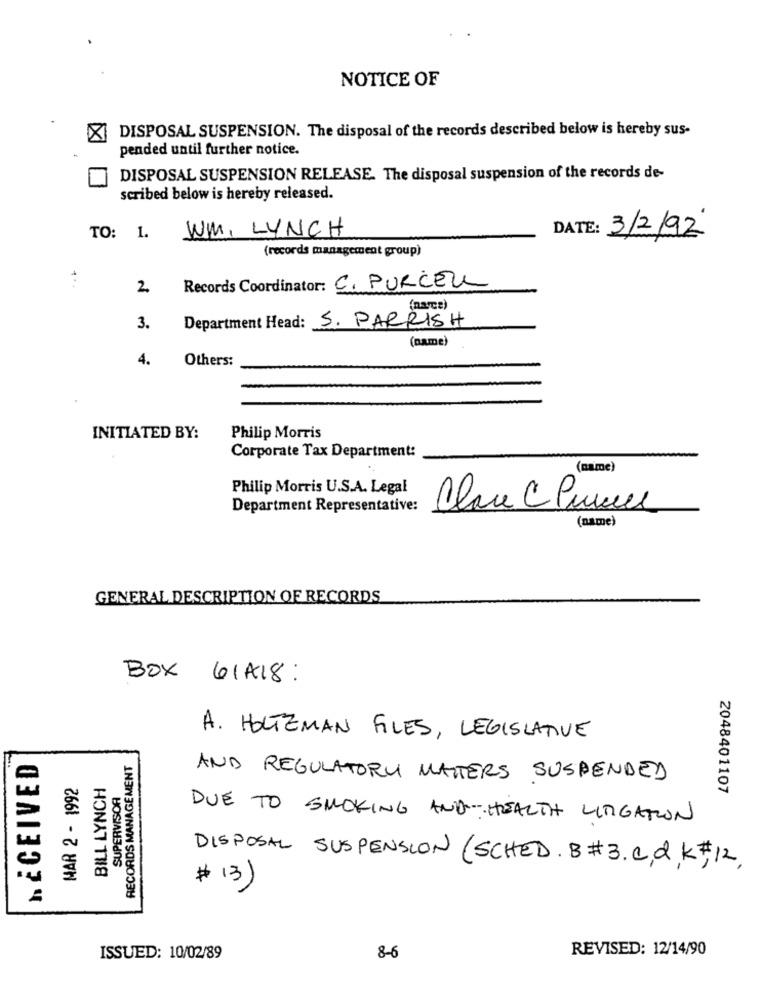
NOTICE OF
X DISPOSAL SUSPENSION. The disposal of the records described below is hereby sus-
pended until further notice.
DISPOSAL SUSPENSION RELEASE. The disposal suspension of the records de-
scribed below is hereby released.
WM. LYNCH
DATE: 3/2/92
TO: 1.
(records management group)
2.
Records Coordinator: C. PURCELL
(narce)
3.
Department Head: S. PARRISH
(name)
4.
Others:
INITIATED BY:
Philip Morris
Corporate Tax Department:
(name)
Philip Morris U.S.A. Legal
Department Representative:
Clase C Primer
(name)
GENERAL DESCRIPTION OF RECORDS
BOX 61418:
A. HOLTZMAN FILES, LEGISLATIVE
RECEIVED
RECORDS MANAGEMENT
MAR 2 - 1992
BILL LYNCH
AND REGULATORY MATTERS SUSPENDED
SUPERVISOR
2048401107
DUE TO SMOKING AND-HEALTH LITIGATION
DISPOSAL SUSPENSION (SCHED. B#3. C, d, K#12.
# 13)
REVISED: 12/14/90
ISSUED: 10/02/89
8-6